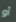
أو